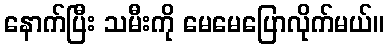
နောက်ပြီး သမီးကို မေမေပြောလိုက်မယ်။